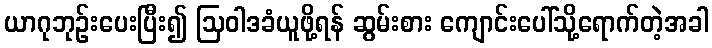
ယာဂုဘုဉ်းပေးပြီး၍ ဩဝါဒခံယူဖို့ရန် ဆွမ်းစား ကျောင်းပေါ်သို့ရောက်တဲ့အခါ